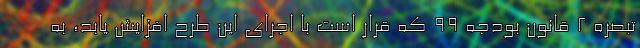
تبصره ۲ قانون بودجه ۹۹ که قرار است با اجرای این طرح افزایش یابد، به